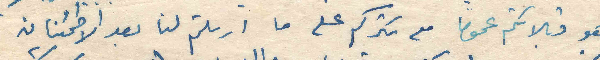
هو قبلاتكم عموما مع شكركم على ما ارسلتم لنا بعد الاطمئنان